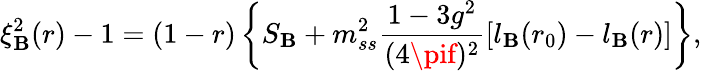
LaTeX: \xi_{\mathbf{B}}^{2}(r)-1=(1-r)\left\{ S_{\mathbf{B}}+m_{ss}^{2}\frac{{1-3g^{2}}}{{(4\pif)^{2}}}\left[l_{\mathbf{B}}(r_{0})-l_{\mathbf{B}}(r)\right]\right\} ,